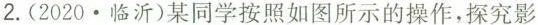
2.(2020.临沂)某同学按照如图所示的操作，探究影